Juri_Uluots, lk 33
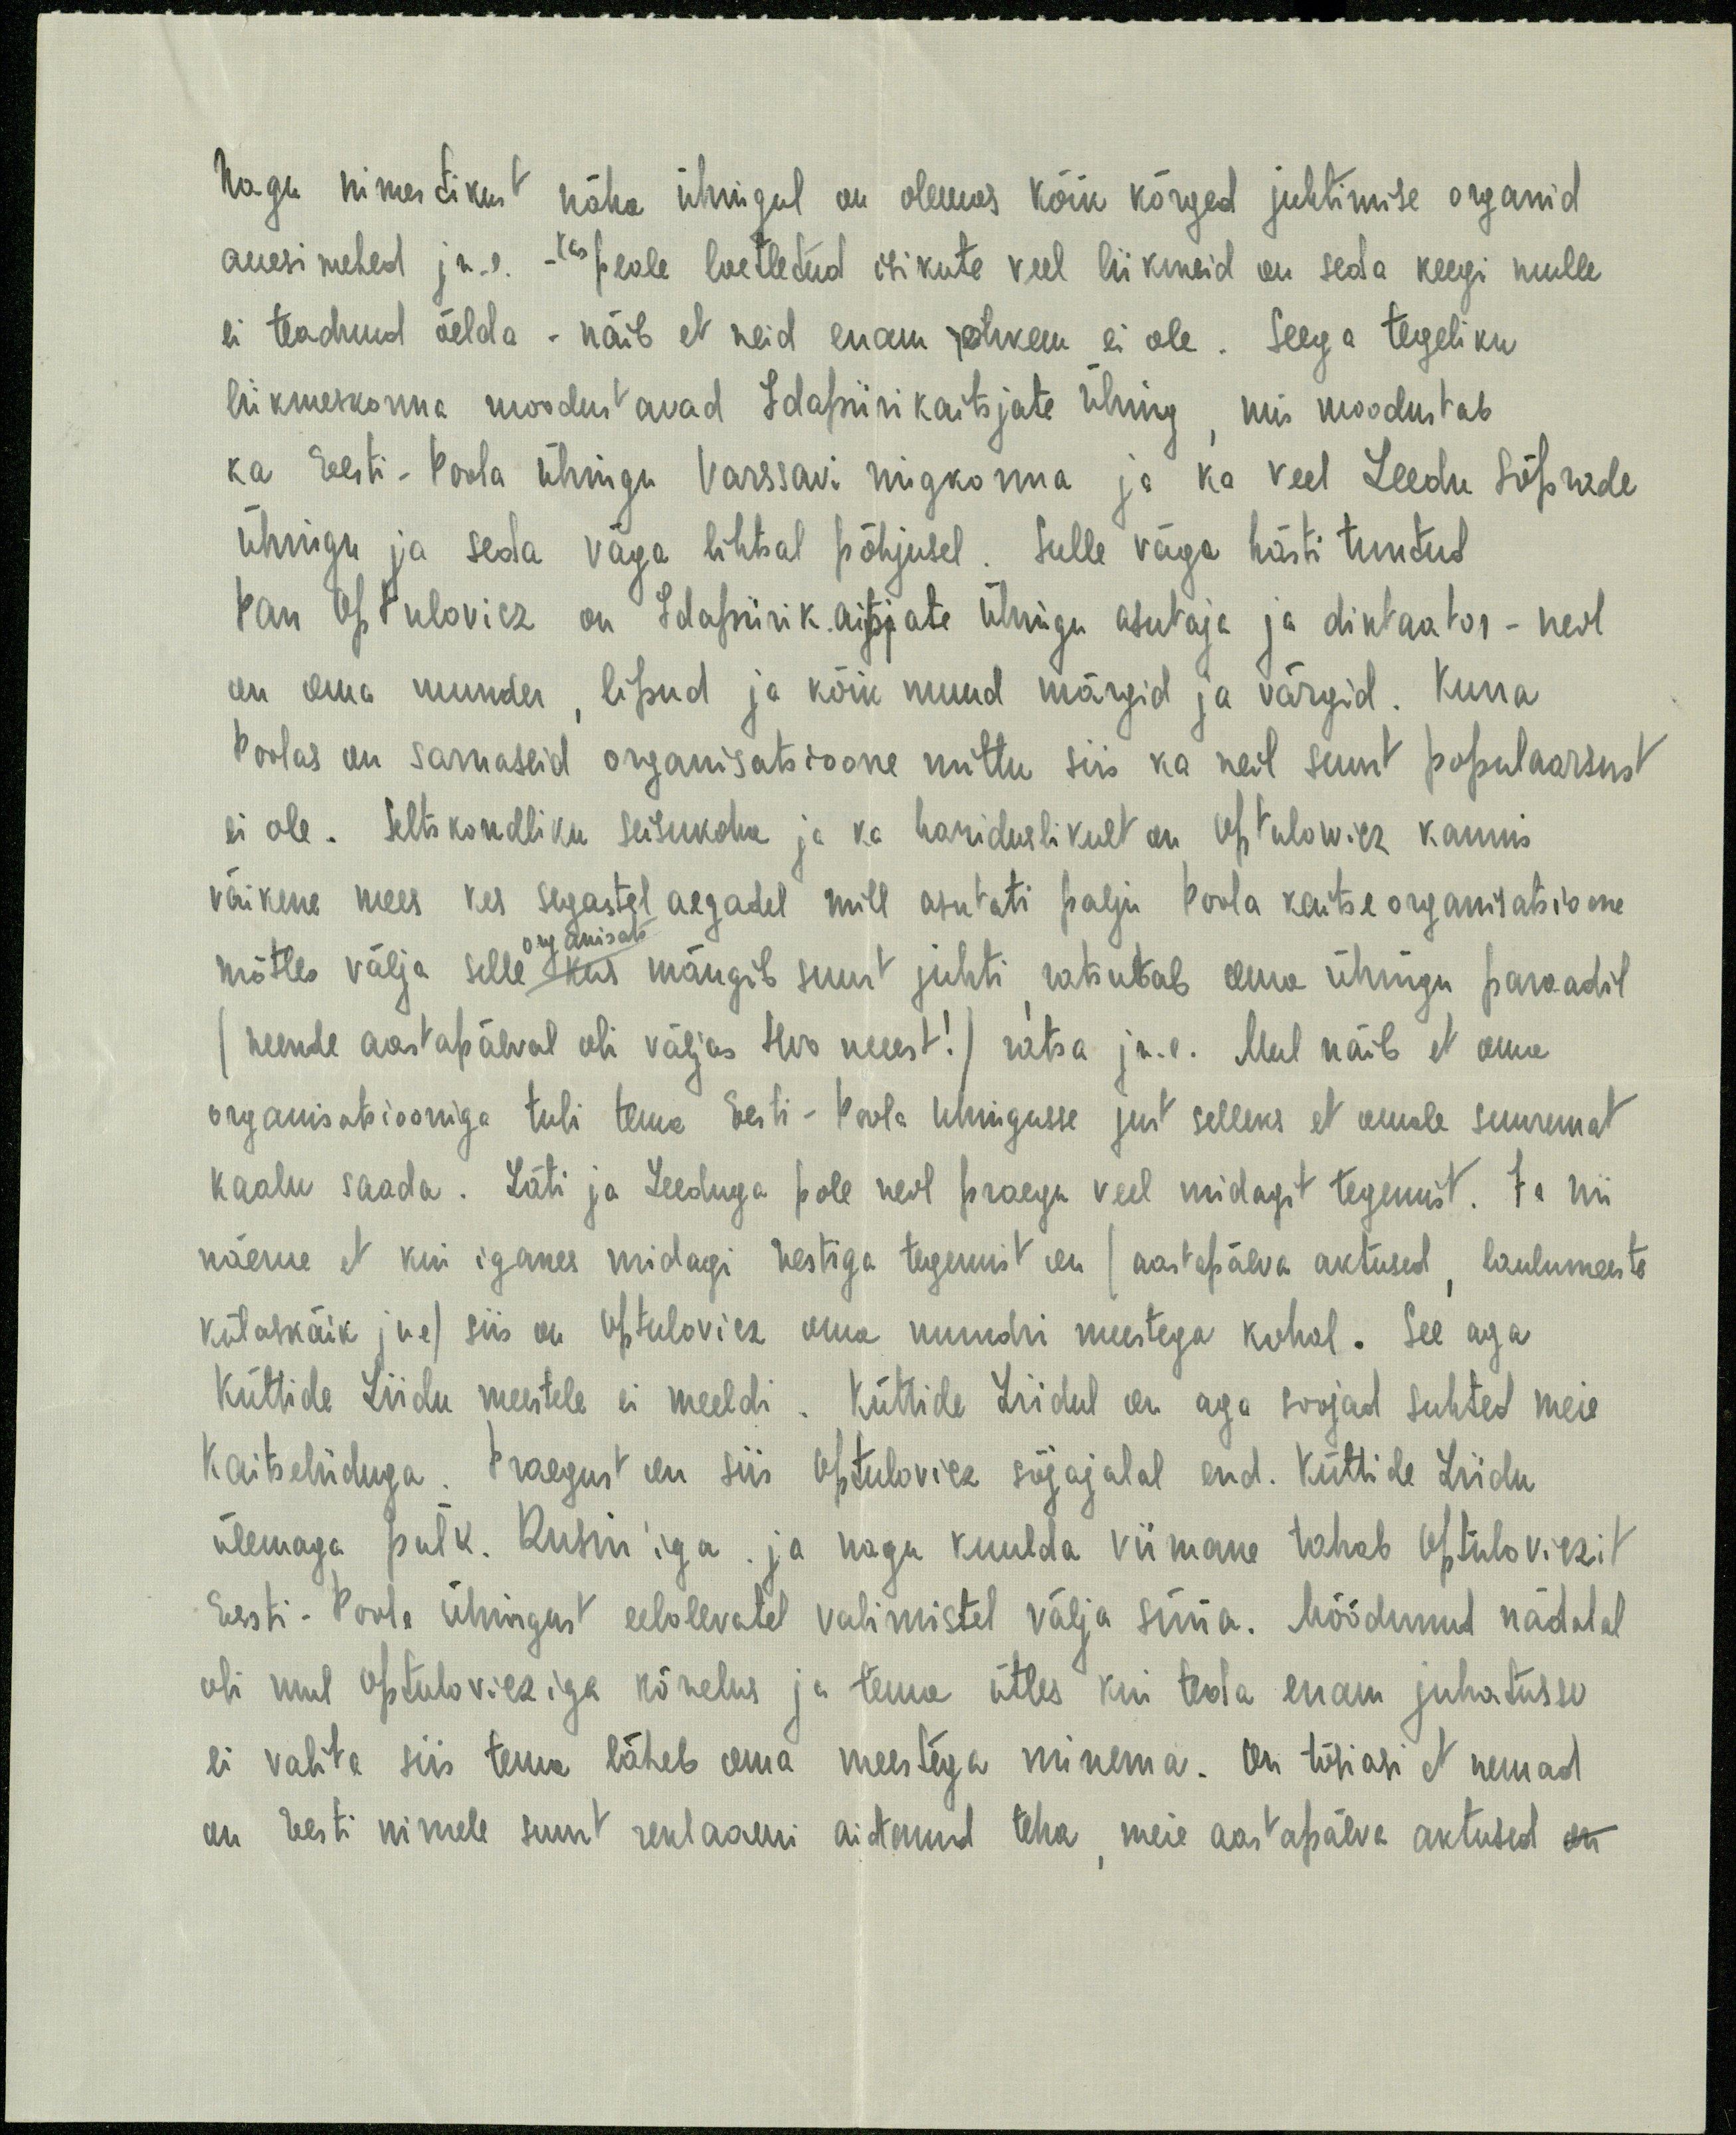
nagu nimestikust näha ühingul on olemas kõik kõrged juhtimise organid
auesimehed jn.e. - Kas peale loetletud isikute veel liikmeid on seda keegi mulle
ei teadnud öelda - näib et neid enam rohkem ei ole. Seega tegeliku
liikmeskonna moodustavad Idapiirikaitsjate Ühing, mis moodustab
ka Eesti - Poola Ühingu Varssavi ringkonna ja ka veel Leedu Sõprade
Ühingu ja seda väga lihtal põhjulel. Selle väga hästi tundud
Pan Optulovicz on Idapiirik.aitsjate Ühingu asutaja ja diktaator - neil
on oma munder, lipud ja kõik muud märgid ja värgid. Kuna
Poolas on sarnaseid organisatsioone mittu siis ka neil suurt populaarsust
ei ole. Seltskondliku seisukoha ja ka hariduslikult on Optulowicz kaunis
väikene mees kes segastel aegadel mill asutati palju Poola kaitseorganisatsioone
mõtles välja selle organisats kus mängib suurt juhti ratsutab oma ühingu paraadil
(nende aastapäeval oli väljas 400 meest!) ratsa jn.e. Mul näib et oma
organisatsiooniga tuli tema Eesti-Poola Ühingusse just selleks et omale suuremat
kaalu saada. Läti ja Leeduga pole neil praegu veel midagit tegemist. Ja nii
näeme et kui iganes midagi Eestiga tegemist on (aastapäeva aktused, laulumeeste
külaskäik jne) siis on Optulovicz oma mundri meestega kohal. See aga
Küttide Liidu meestele ei meeldi. Küttide Liidul on aga soojad suhted meie
Kaitseliiduga. Praegust on siis Optulovicz sõjajalal end. Küttide Liidu
ülemaga polk. Rubin'iga, ja nagu kuulda viimane tahab Optuloviczit
Eesti - Poola Ühingust eelolevatel valimistel välja süüa. Möödunud nädalal
oli mul Optulovicziga kõnelus ja tema ütles kui teda enam juhatusse
ei valita siis tema läheb oma meestega minema. On tühiasi et nemad
on Eesti nimele suurt reklaami aitanud teha, meie aastapäeva aktused on